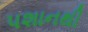
પશાનથી